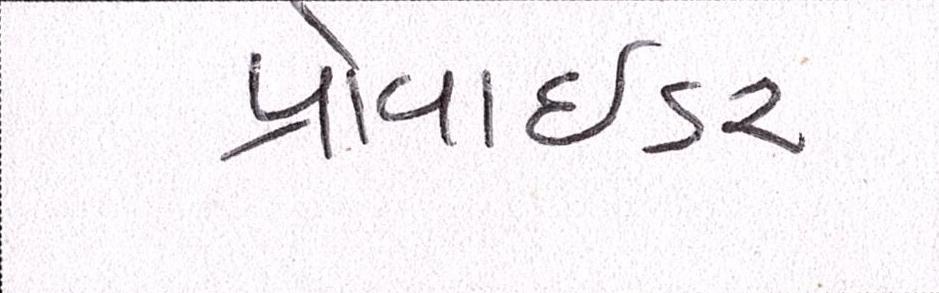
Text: પ્રોવાઇડર